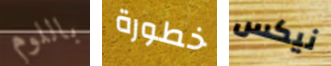
باللوم خطورة نيكس